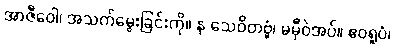
အာဇီဝေါ၊ အသက်မွေးခြင်းကို။ န သေဝိတဗ္ဗံ၊ မမှီဝဲအပ်။ ဧဝရူပံ၊